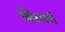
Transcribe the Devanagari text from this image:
व्हिस्टाची